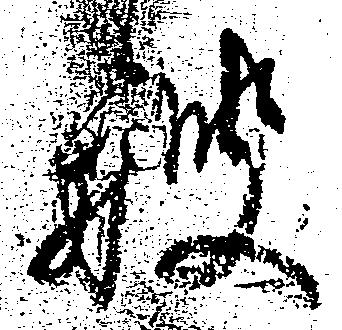
艘